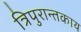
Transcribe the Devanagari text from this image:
त्रिपुरान्तकाय